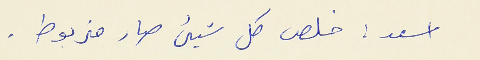
اسعد : خلص كل شيىء صار مزبوط .